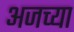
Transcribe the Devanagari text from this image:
अजच्या